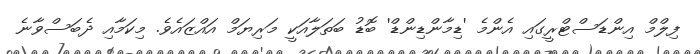
ފިލްމް އިންޑަސްޓްރީގައި އެންމެ 'ޑިމާންޑިންޑް' ބޮޑު ބަތަލާއަކީ މަރިޔަމް އައްޒައެވެ. މިކަމާއި ދެބަސްވާނެ